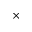
\times